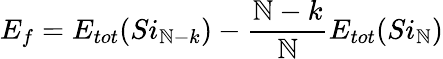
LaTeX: E_{f}=E_{tot}(Si_{\mathbb{N}-k})-\frac{{\mathbb{N}-k}}{{\mathbb{N}}}E_{tot}(Si_{\mathbb{N}})